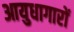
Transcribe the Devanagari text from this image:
आयुधागारों